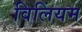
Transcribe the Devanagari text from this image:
विलिंयम